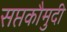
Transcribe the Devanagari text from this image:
सप्तकौमुदी